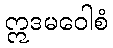
ဣဒမဝေါစံ